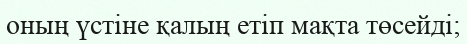
оның үстіне қалың етіп мақта төсейді;